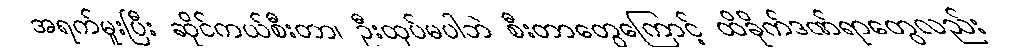
အရက်မူးပြီး ဆိုင်ကယ်စီးတာ၊ ဦးထုပ်မပါဘဲ စီးတာတွေကြောင့် ထိခိုက်ဒဏ်ရာတွေလည်း